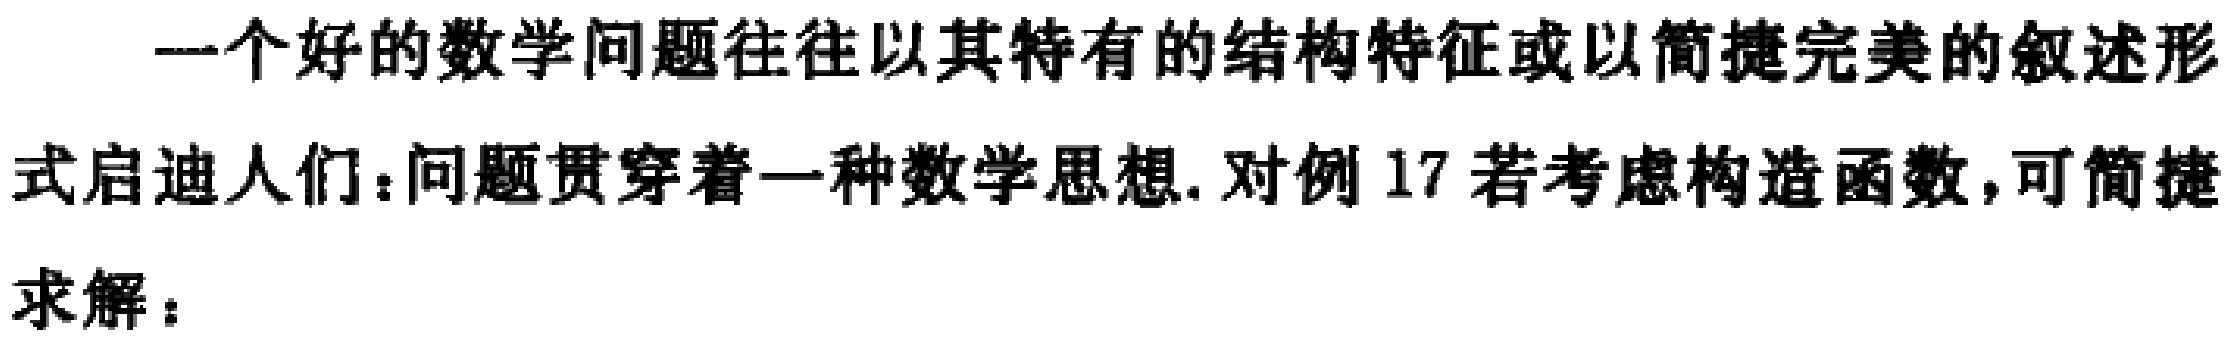
一个好的数学问题往往以其特有的结构特征或以简捷完美的叙述形
式启迪人们：问题贯穿着一种数学思想. 对例 17 若考虑构造函数,可简捷
求解：